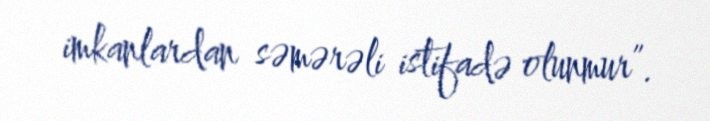
imkanlardan səmərəli istifadə olunmur”.